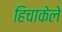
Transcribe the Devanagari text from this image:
हिचाकेले